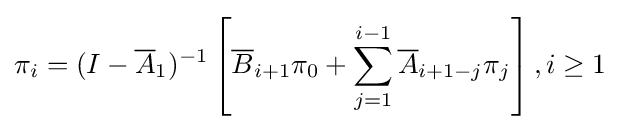
\pi _{i}=(I-{\overline {A}}_{1})^{-1}\left[{\overline {B}}_{i+1}\pi _{0}+\sum _{j=1}^{i-1}{\overline {A}}_{i+1-j}\pi _{j}\right],i\geq 1